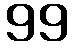
99